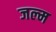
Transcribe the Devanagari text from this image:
जल्म